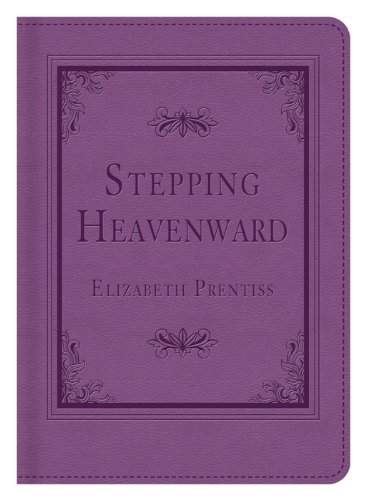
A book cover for STEPPING HEAVENWARD; Elizabeth Prentiss; Christian Books & Bibles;